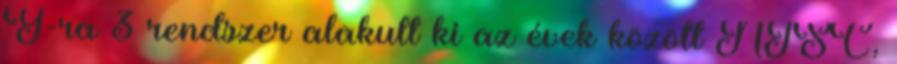
Y-ra 3 rendszer alakult ki az évek között NTSC,